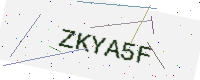
Text: ZKYA5F